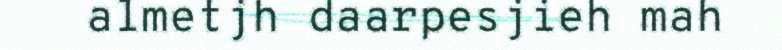
almetjh daarpesjieh mah